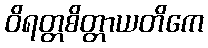
ဝိရတ္တစိတ္တာယတိကေ